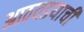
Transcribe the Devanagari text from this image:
आठवडयाची